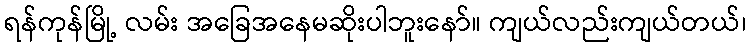
ရန်ကုန်မြို့ လမ်း အခြေအနေမဆိုးပါဘူးနော်။ ကျယ်လည်းကျယ်တယ်၊